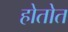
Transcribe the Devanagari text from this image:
होतोत